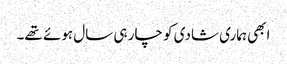
ابھی ہماری شادی کو چار ہی سال ہوئے تھے۔